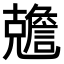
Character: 𠓏